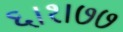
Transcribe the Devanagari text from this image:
६।१।७७